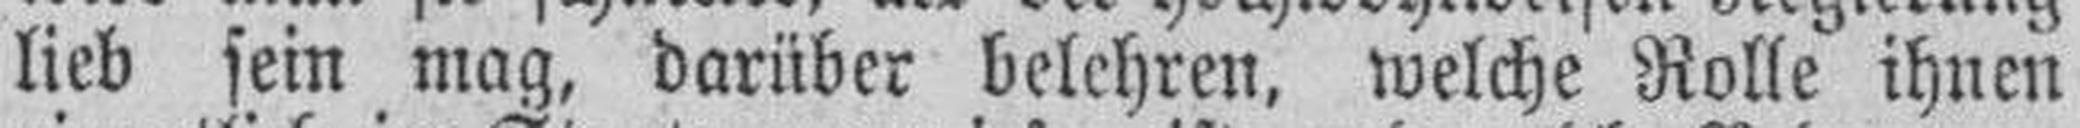
lieb sein mag, darüber belehren, welche Rolle ihnen